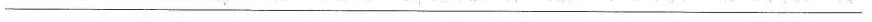
___